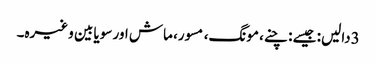
3دالیں: جیسے : چنے، مونگ، مسور، ماش اور سویا بین وغیرہ۔